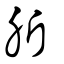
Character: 肵